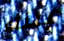
ببناء